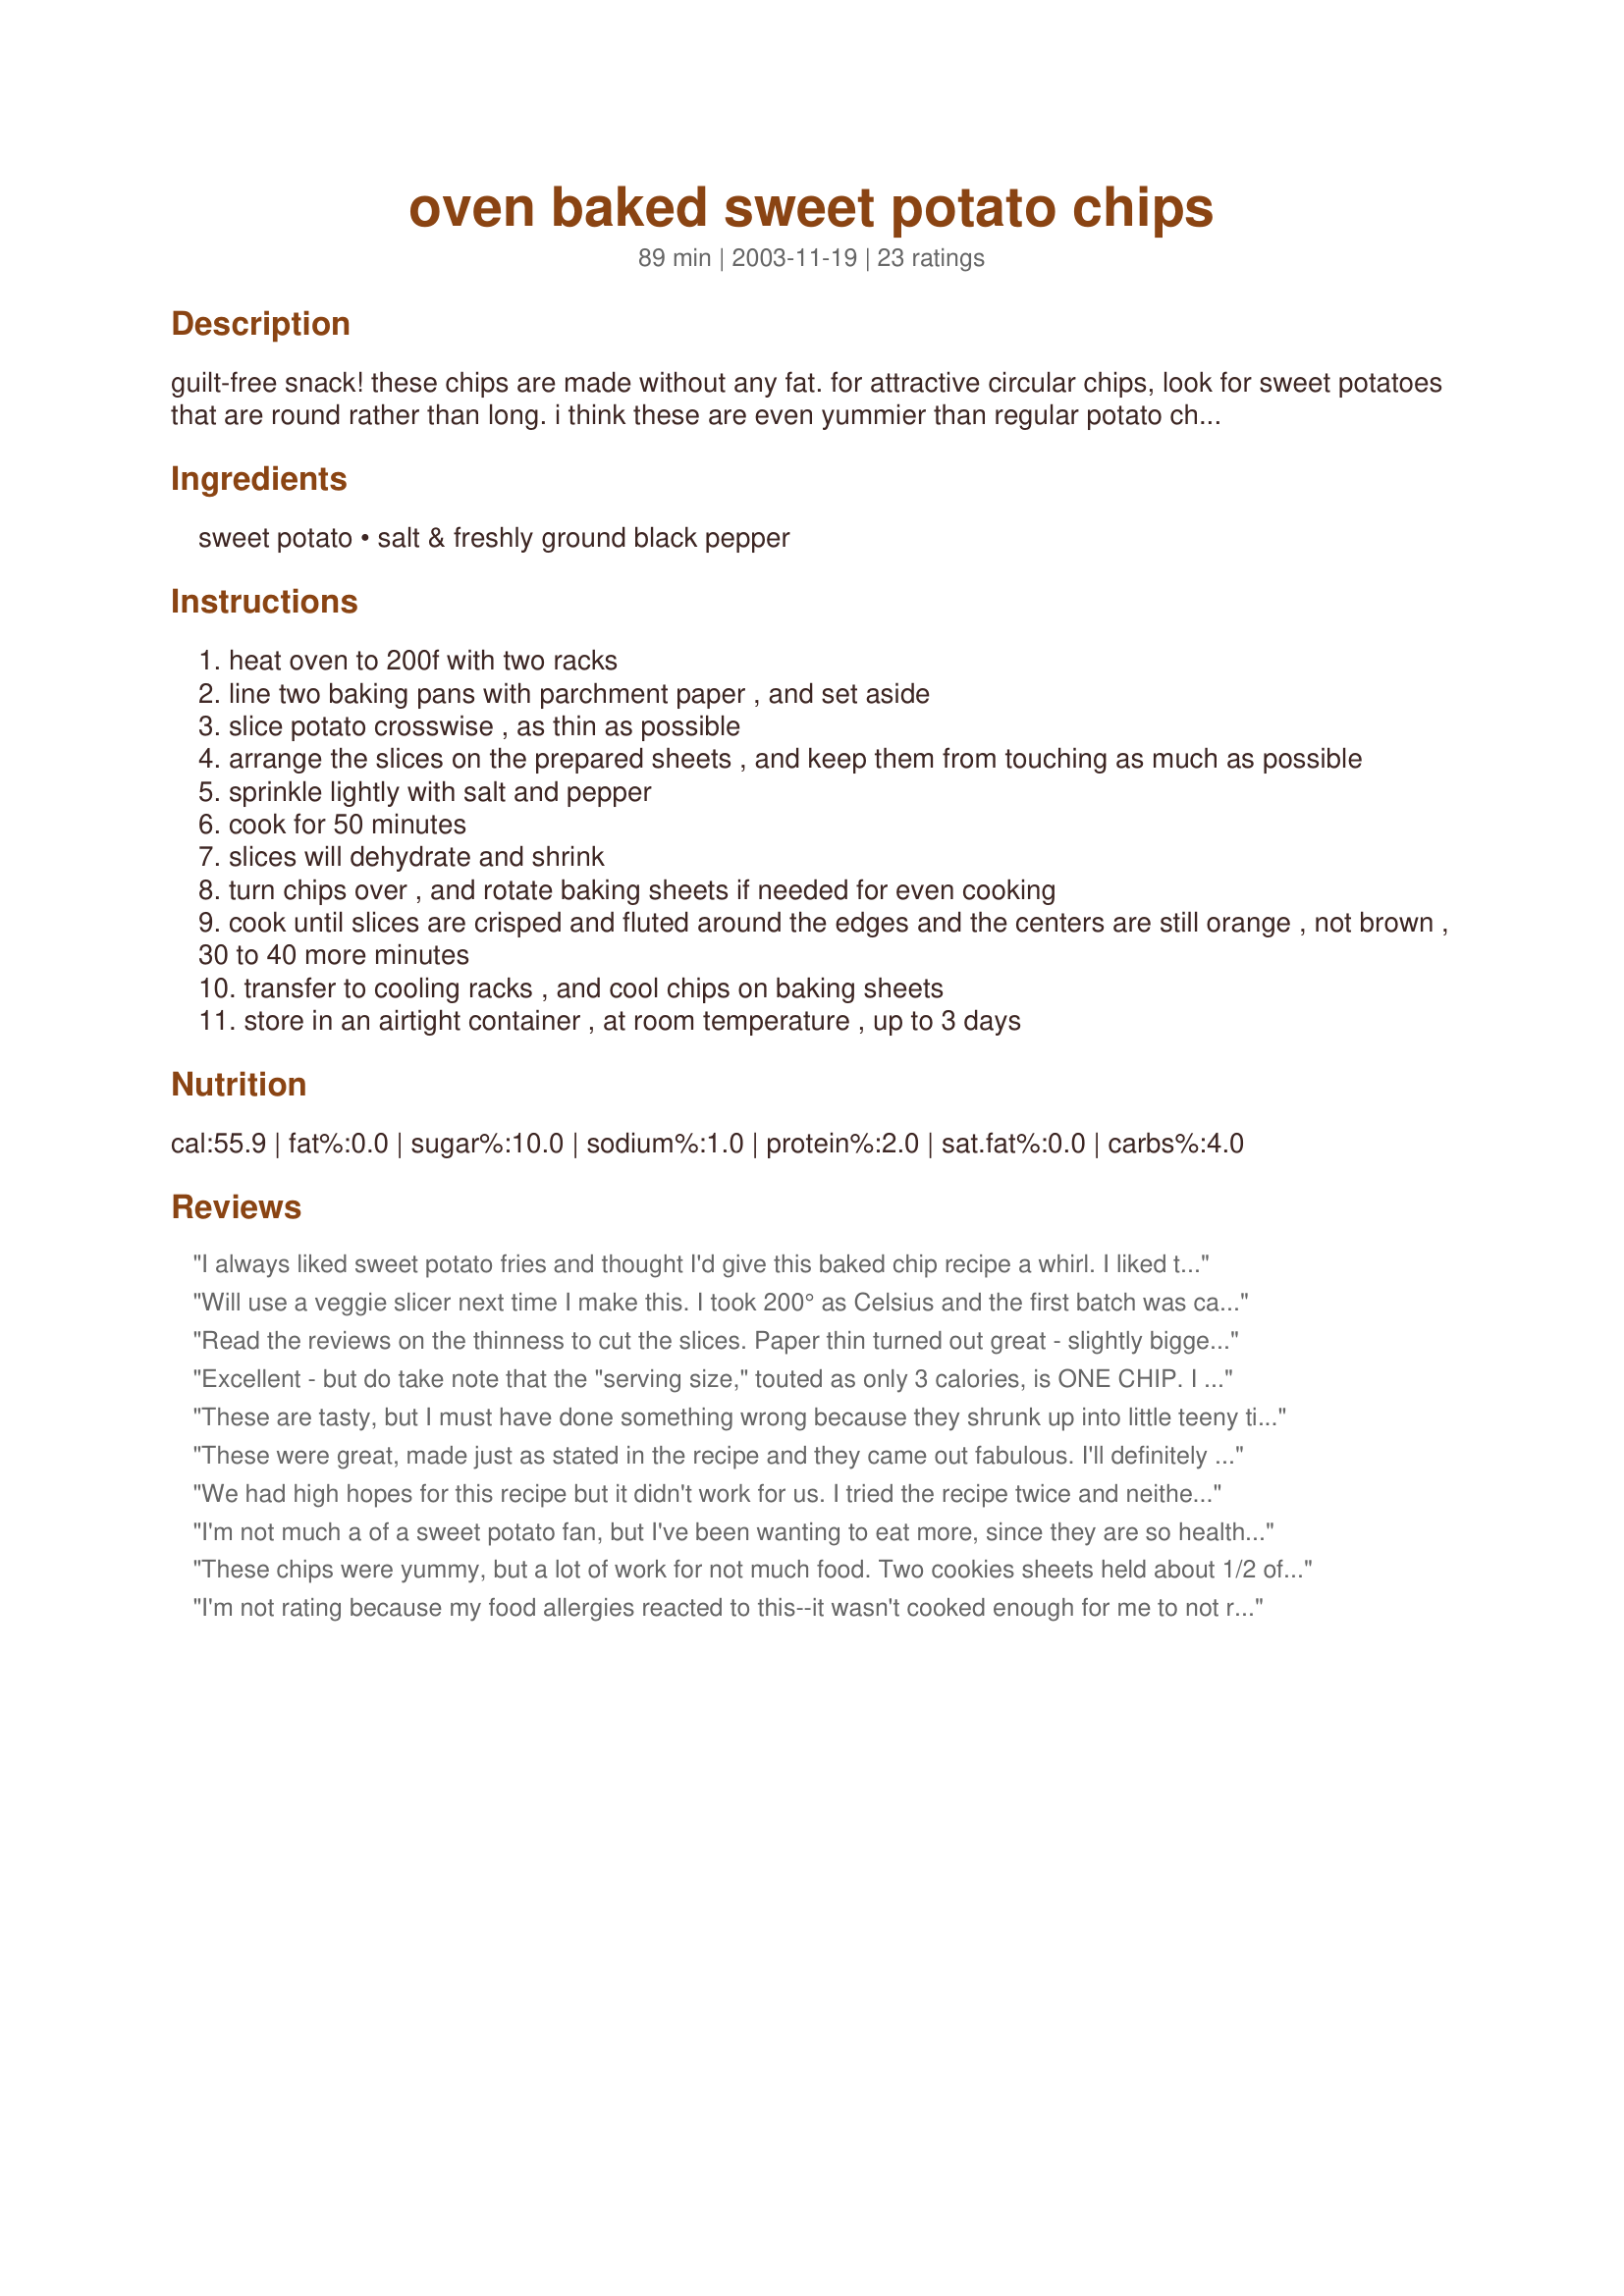
oven baked sweet potato chips
Preparation time: 89 minutes

guilt-free snack! these chips are made without any fat. for attractive circular chips, look for sweet potatoes that are round rather than long. i think these are even yummier than regular potato chips...

Ingredients:
sweet potato, salt & freshly ground black pepper

Steps:
heat oven to 200f with two racks
line two baking pans with parchment paper , and set aside
slice potato crosswise , as thin as possible
arrange the slices on the prepared sheets , and keep them from touching as much as possible
sprinkle lightly with salt and pepper
cook for 50 minutes
slices will dehydrate and shrink
turn chips over , and rotate baking sheets if needed for even cooking
cook until slices are crisped and fluted around the edges and the centers are still orange , not brown , 30 to 40 more minutes
transfer to cooling racks , and cool chips on baking sheets
store in an airtight container , at room temperature , up to 3 days

Reviews:
I always liked sweet potato fries and thought I'd give this baked chip recipe a whirl. I liked them. They are very colorful and were a nice, crunchy snack. I used a mandoline to get thin, uniform slices.
Will use a veggie slicer next time I make this. I took 200° as Celsius and the first batch was carbonized. Taste is fine but they weren't crispy after they cooled. Will be trying this recipe again.
Read the reviews on the thinness to cut the slices. Paper thin turned out great - slightly bigger not so good. Very time consumming for not much result in the end.
Excellent - but do take note that the "serving size," touted as only 3 calories, is ONE CHIP. I think a more realistic serving size would be 10-15 chips.
These are tasty, but I must have done something wrong because they shrunk up into little teeny tiny itsy bitsy chips. I made three cookies sheets and they barely filled a cereal bowl.
These were great, made just as stated in the recipe and they came out fabulous. I'll definitely make again. What a healthy and delicious snack. Thanks!
We had high hopes for this recipe but it didn't work for us. I tried the recipe twice and neither time had the desired outcome. The first time I followed instructions as written and the chips were too chewy. I thought maybe my mandoline made them too thick so the next time I cooked them longer (about 1 hour on each side) and they still had some chewiness (but not as much).
I'm not much a of a sweet potato fan, but I've been wanting to eat more, since they are so healthy. I make russets like this and my family loves them, so I thought I'd try it with yams, and I do really like them like this! I don't slice them potato chip thin, but if you cook them long enough and make sure to keep a close eye on them so they don't burn, they come out simi crispy and very tasty. I also use seasoning salt and paprika. Definitely a healthy and tasty snack or side! Thanks!
These chips were yummy, but a lot of work for not much food. Two cookies sheets held about 1/2 of sweet potato and they shrunk down to a few cups of chips. They were tasty, however.
I'm not rating because my food allergies reacted to this--it wasn't cooked enough for me to not react (though I react to canned lima beans as well...*roll eyes*). If I get around to trying it again I think I'd have better success with thinner slices, dipping in boiling water as another reviewer did and using garlic salt and black pepper.
absolutely yummy!!!! Instead of salt and pepper to season I used cinnamon and sea salt... they came out super delicious! Just need to work on getting them a bit crispier but I probably got a bit impatient and took them out to early!!!
I've never given a negative review but I have to say that these were tasteless, a waste of sweet potatoes. The only flavor that came through was the salt and pepper. My hubby agreed.
I cooked for 80 minutes total, and I personally liked these a lottt. I actually seemed to enjoy the slices that were thicker than the normalone, just because they had a little of the regular mashed potato taste in the middle. Anyways, these are a very good, easy, portable snack which I will be making again. :]
these taste just like gourmet terra chips only with less fat! i'm not a big black pepper fan, but VERY minimal salt is best.And the trick is to cut the sweet potatoes VERY thin!
i'm sorry, i really wanted to like these...and, just...yuck. i sliced them as thin as i possibly could, followed the directions exactly, waited till they cooled, and yum - a raw potato :/ so much work for nothing
I haven't made these yet, but I sure will!
Just wanted to let the reviewer concerned about the nutrition facts know that it states it is for 1 chip and the recipe says it makes 36 chips... So all of them would be 108 calories. Hope that helps :)
Delicious. Takes a while to get the chips crispy, though. I suggest making at least 6 large yams/sweet potatos if you're going to take the time to do this. That way, you'll have some leftovers...that is, unless you invite your neighbors over.
Absolutely the worse recipe I have ever tried. 200 degrees for 50 minutes, my arse.... I did 80 minutes on near paper thin cut sweet potatoes and they were still not anywhere near crisp, even when cooled and I used sea salt and freshly ground pepper and they still were bland and inedible.
Not REALLY tasty....mostly like salt & pepper. Perhaps I needed yams rather than the pale yellow sweet potatoes. Also, needed to cook them longer than suggested.
I made these yesterday and today for a mid-day healthy snack. I sliced the potatoes relatively thin, soaked them in boiling water for just a few seconds, then lined a cookie sheet with the slices. They were wet, so I poured some salt over them. I had the oven at 450 and put them in for about 10 minutes on each side. They weren't full on crunchy chips, but I liked them with a little softness to them. This is such a healthy and easy snack. I'll look forward to making this again soon! Thanks for posting!
I found these really simple to make and really tasty too. I forgot to sprinkle on the seasoning but I still enjoyed them. Thank you for sharing this :)
I made these and they came out beautiful and crisp. I used a mandolin to get them thin. Yes, they do shrink down a lot. I did not season them. I did find them rather tasteless. But I also made them as a healthy snack for my 2 mini-schnauzers. They love sweet potato treats from the pet store, but I&#039;ve found them to be way too expensive. It is much cheaper to make them myself. My dogs LOVE them!!! So if you don&#039;t like them and have dogs I&#039;m pretty sure they will love them too!
i spent a good deal of time slicing the potatoes very thin and doing just what the recipe called for. they were awful. they did not cook through (200 if just not high enough to do it) and were chewey and tasted like raw potatoes. this recipe needs a lot of help. what a waste of time and energy.
